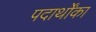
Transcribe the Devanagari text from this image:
पदार्थोंका